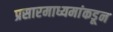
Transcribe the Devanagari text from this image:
प्रसारमाध्यमांकडून